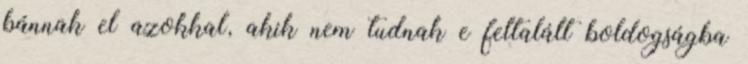
bánnak el azokkal, akik nem tudnak e feltalált boldogságba